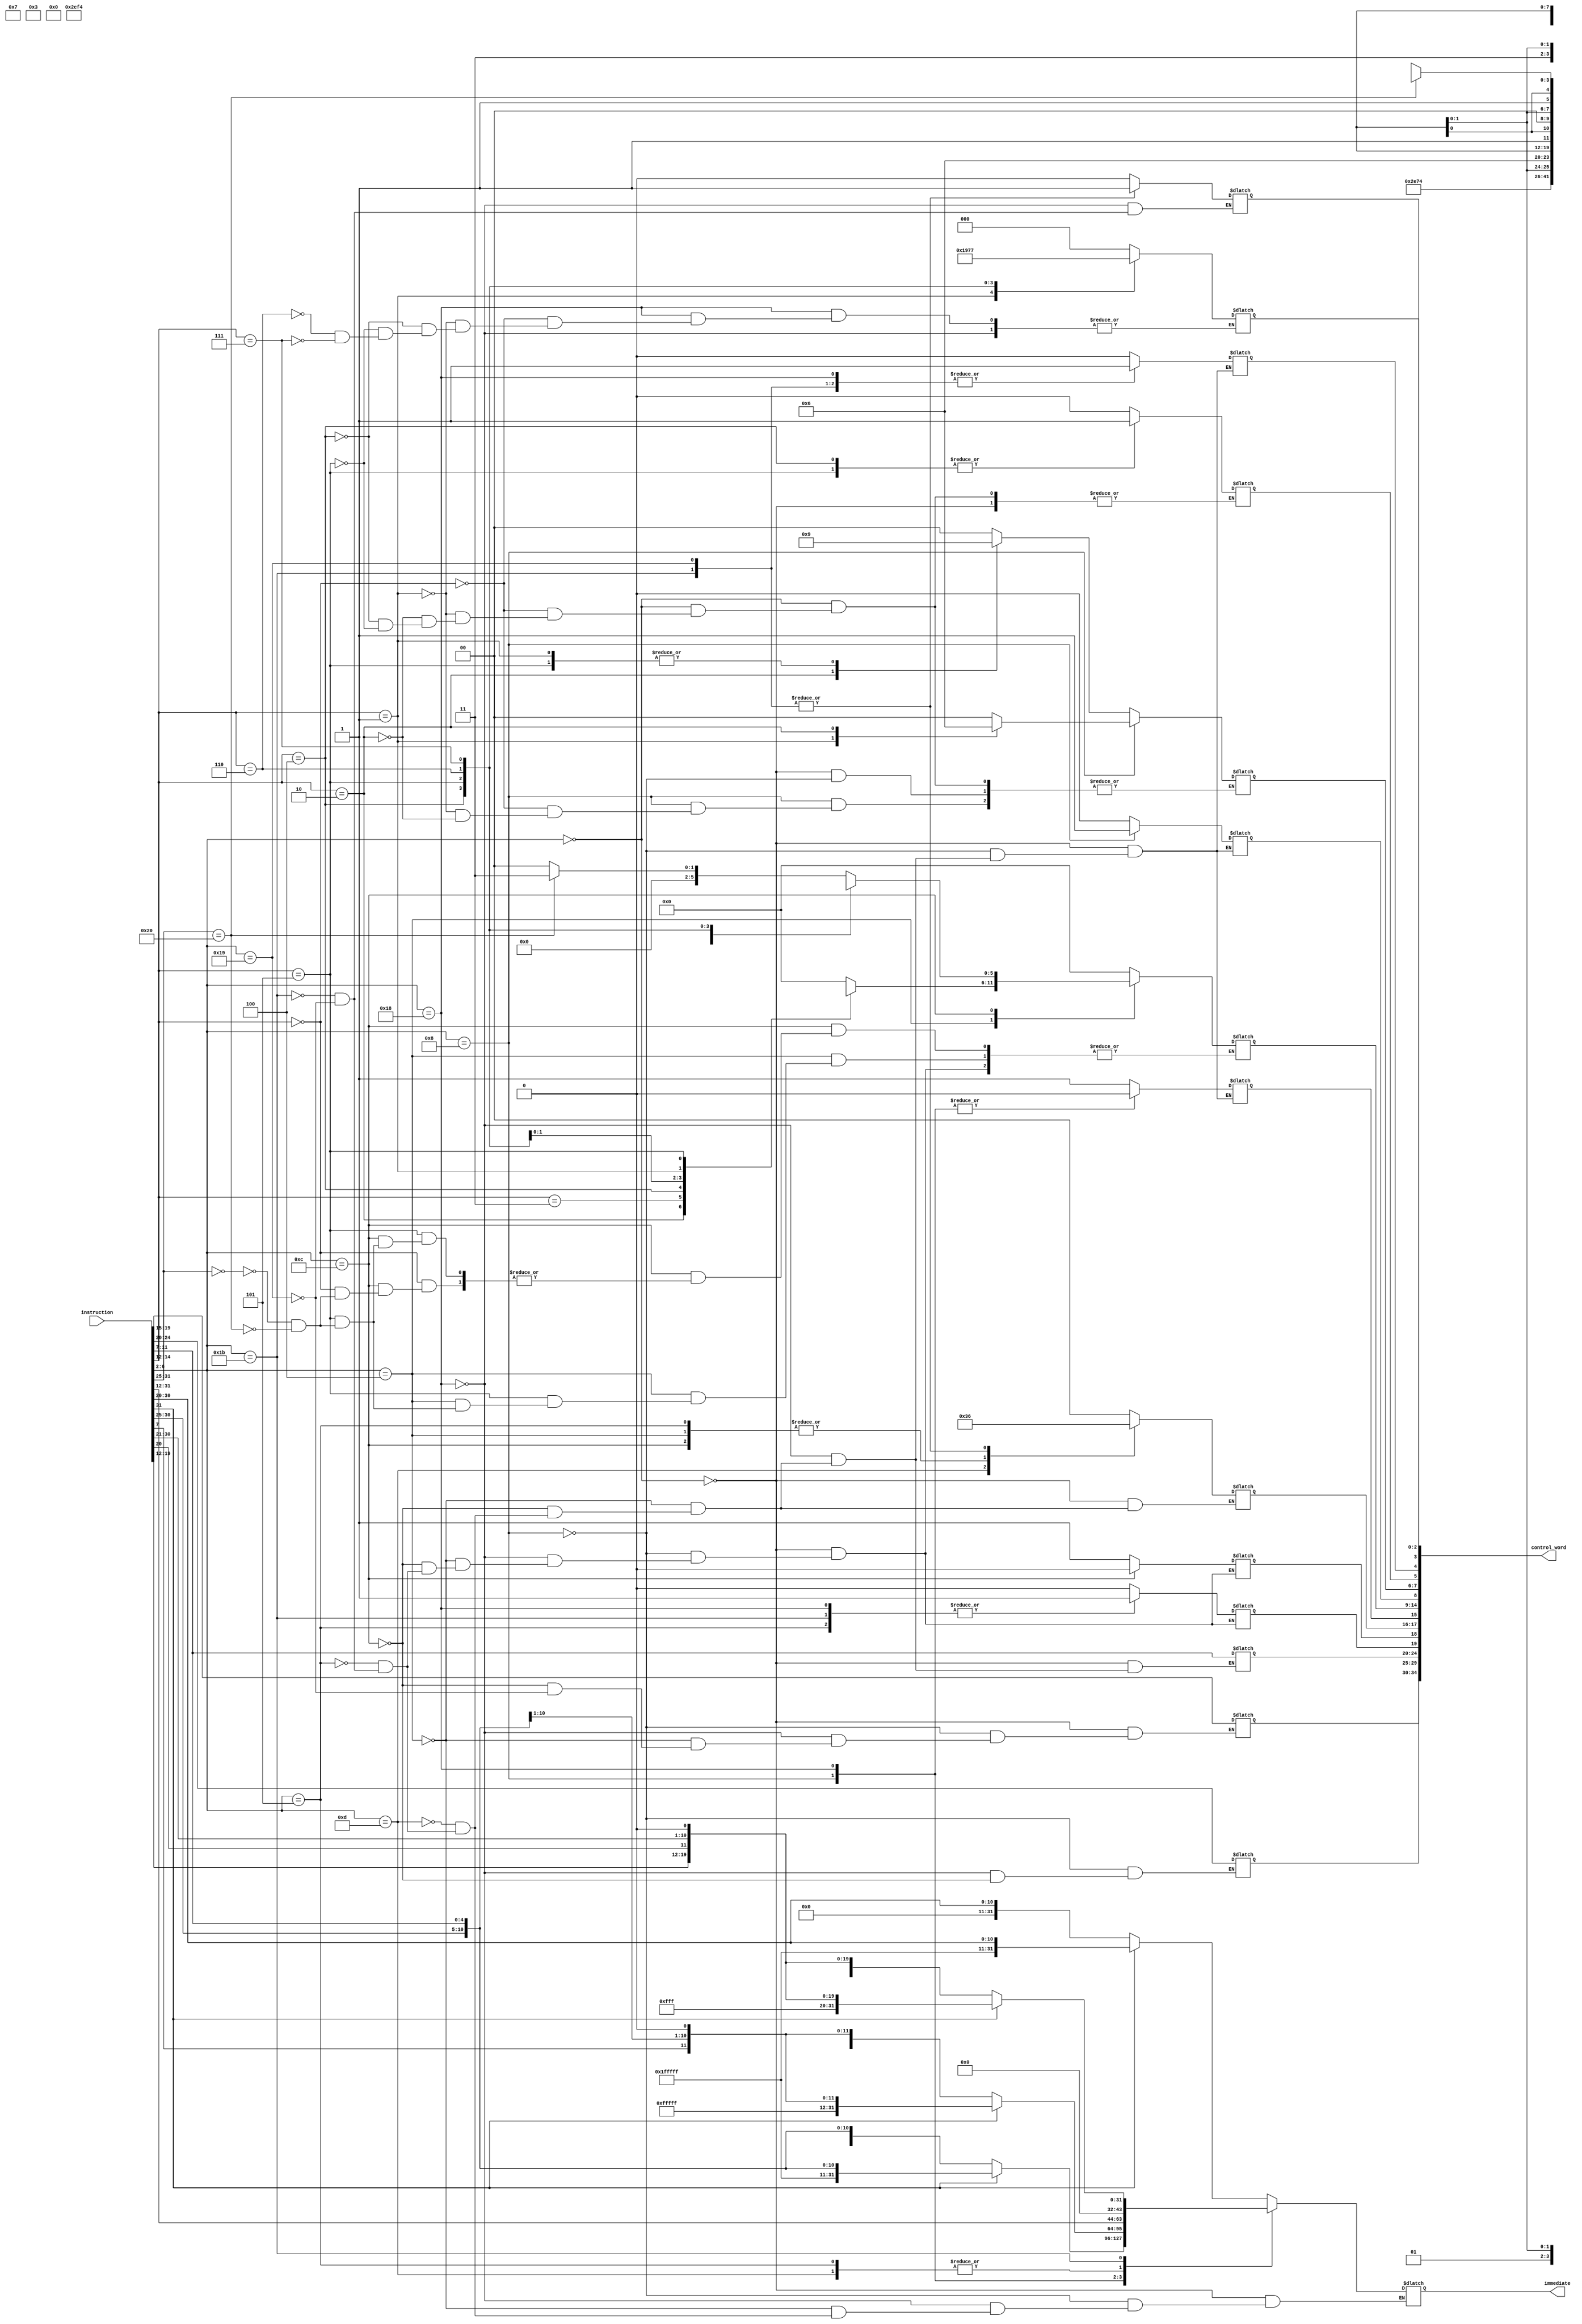
`timescale 1ns / 1ps
module ID(input [31:0] instruction,
          output [34:0] control_word,
          output reg [31:0] immediate);
          
//////////////From Instruction////////////////////////////////////
wire [4:0] Rs1 = instruction[19:15];
wire [4:0] Rs2 = instruction[24:20];
wire [4:0] Rd = instruction[11:7];
wire [2:0] func3 = instruction[14:12];
wire [6:0] func7 = instruction[31:25];
wire [4:0] opcode = instruction[6:2];
wire [31:0] I_imm = (instruction[31]) ? {20'hfffff,instruction[31:20]}: {20'h00000,instruction[31:20]} ;
wire [31:0] S_imm = (instruction[31]) ? {20'hfffff,instruction[31:25],instruction[11:7]} : {20'h00000,instruction[31:25],instruction[11:7]};
wire [31:0] B_imm = (instruction[31]) ? {19'b1111_1111_1111_1111_111,instruction[31],instruction[7],instruction[30:25],instruction[11:8],1'b0} : {19'd00000,instruction[31],instruction[7],instruction[30:25],instruction[11:8],1'b0};
wire [31:0] U_imm = {instruction[31:12],12'h000};
wire [31:0] J_imm = (instruction[31]) ? {11'b1111_1111_111,instruction[31],instruction[19:12],instruction[20],instruction[30:21],1'b0} : {11'd0,instruction[31],instruction[19:12],instruction[20],instruction[30:21],1'b0};

//////////To Control Word///////////////////////////////////////
reg [4:0] Rs1_Address,Rs2_Address,Rd_Address;
reg [1:0] Rd_Sel, BHW;
reg [5:0] FS;
reg [2:0] BC;
reg Rs1_Sel, Rs2_Sel, RW, MW, U, PL,JB;


assign control_word ={Rs1_Address,Rs2_Address,Rd_Address,Rs1_Sel,Rs2_Sel,Rd_Sel,RW,FS,MW,BHW,U,PL,JB,BC};
always@ (*)
begin
case(opcode)
//////////////////////////////////////LOADS //////////////////////////////////////
5'b00000 :
begin
Rs1_Address=Rs1; Rd_Address=Rd;
Rs1_Sel=0; Rs2_Sel=1; Rd_Sel=00; RW=1; MW=0; PL=0; FS=000000;
immediate = I_imm;
case(func3)
3'b000: // LB
begin
BHW=00; U=0;
end
3'b001: // LH
begin
BHW=01; U=0;
end
3'b010: // LW
begin
BHW=10; U=0;
end
3'b100: // LBU
begin
BHW=00; U=1;
end
3'b101: // LHU
begin
BHW=01; U=1;
end
endcase
end
//////////////////////////////////////STORES //////////////////////////////////////
5'b01000 :
begin
Rs1_Address=Rs1; Rs2_Address=Rs2;
Rs1_Sel=0; Rs2_Sel=1; RW=0; MW=1; PL=0; FS=6'b000000;
immediate = S_imm;
case (func3)
3'b000 :
begin
BHW=2'b00;
end
3'b001 :
begin
BHW=2'b1;
end
3'b010 :
begin
BHW=2'b10;
end
endcase
end
//////////////////////////////////////Branches //////////////////////////////////////
5'b11000 :
begin
Rs1_Address=Rs1; Rs2_Address=Rs2; Rd_Address=Rd;
Rs1_Sel=1; Rs2_Sel=1; RW=0; MW=0; PL=1; JB=0; FS=000000;
immediate = B_imm;
case (func3)
3'b000 : //BEQ
begin
BC=000;
end
3'b001 : //BNE
begin
BC=001;
end
3'b100 : //BLT
begin
BC=100;
end
3'b101 : //BGE
begin
BC=101;
end
3'b110 : //BLTU
begin
BC=110;
end
3'b111 : //BGEU
begin
BC=111;
end
endcase
end
//////////////////////////////////////Immediate shifts and ALU //////////////////////////////////////
5'b00100 :
begin
Rs1_Address=Rs1; Rd_Address=Rd;
Rs1_Sel=0; Rs2_Sel=1; Rd_Sel=01; RW=1; MW=0; PL=0;
immediate = I_imm;
case (func3)
3'b000 : //ADDI
begin
FS=000000;
end
3'b010 : //SLTI
begin
FS=6'b001011;
end
3'b011 : //SLTIU
begin
FS=0011111;
end
3'b100 : //XORI
begin
FS=6'b0100xx;
end
3'b110 : //ORI
begin
FS=6'b0110xx;
end
3'b111 : //ANDI
begin
FS=6'b0111xx;
end
3'b001 : //SLLI
begin
FS=6'b1x00xx;
end
3'b101 :
begin
case (func7)
7'b0000000: //SRLI
begin
FS=6'b1x01xx;
end
7'b0100000: //SRAI
begin
FS=6'b1x11xx;
end
endcase
end
endcase
end
//////////////////////////////////////Non-immediate Shifts and ALU //////////////////////////////////////
5'b01100 :
begin
Rs1_Address=Rs1; Rs2_Address=Rs2; Rd_Address=Rd;
Rs1_Sel=1'b0; Rs2_Sel=1'b0; Rd_Sel=2'b01; RW=1'b1; MW=1'b0; PL=1'b0;
case (func3)
3'b000 : //ADD-SUB
begin
case (func7)
7'b0000000: //ADD
begin
FS=6'b000000;
end
7'b0100000: //SUB
begin
FS=6'b000011;
end
endcase
end
3'b001 : //SLL
begin
FS=6'b1X00XX;
end
3'b010 : //SLT
begin
FS=6'b001011;
end
3'b011 : //SLTU
begin
FS=6'b001111;
end
3'b100 : //XOR
begin
FS=6'b0100XX;
end
3'b101 : //SRL-SRA
begin
case (func7)
7'b0000000: //SRL
begin
FS=6'b1X01XX;
end
7'b0100000: //SRA
begin
FS=6'b1X11XX;
end
endcase
end
3'b110 : //OR
begin
FS=6'b011XX;
end
3'b111 : //AND
begin
FS=6'b0111XX;
end
endcase
end
//////////////////////////////////////LUI ////////////////////////////////////////
5'b01101 :
begin
Rd_Address = Rd;
Rd_Sel=2'b11; RW=1'b1; MW=1'b0; PL=1'b0;
immediate = U_imm;
end
//////////////////////////////////////AUIPIC //////////////////////////////////////
5'b00101 :
begin
Rd_Address = Rd;
Rs1_Sel=1'b1; Rs2_Sel=1'b1; Rd_Sel=2'b01; RW=1'b1; MW=1'b0; PL=1'b0; FS=6'b000000;
immediate = U_imm;
end
//////////////////////////////////////JAL //////////////////////////////////////
5'b11011 :
begin
Rd_Address = Rd;
Rs1_Sel=1'b1; Rs2_Sel=1'b1; Rd_Sel=2'b10; RW=1'b1; MW=1'b0; PL=1'b1; JB=1'b1; FS=6'b000000;
immediate = J_imm;
end
//////////////////////////////////////JALR //////////////////////////////////////
5'b11001 :
begin
Rd_Address = Rd; Rs1_Address = Rs1 ;
Rs1_Sel=1'b0; Rs2_Sel=1'b1; Rd_Sel=2'b10 ; RW=1'b1; MW=1'b0; PL=1'b1; JB=1'b1; FS=6'b000000;
immediate = I_imm;
end
endcase
end
endmodule